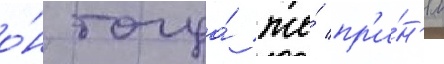
о́н тогда́ же́ пр'и́н'ял